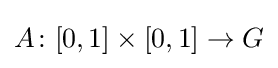
A\colon [0,1]\times [0,1]\to G